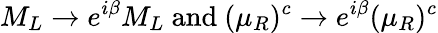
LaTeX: M_{L}\to e^{i\beta}M_{L}{\mathrm{~and~}}(\mu_{R})^{c}\to e^{i\beta}(\mu_{R})^{c}